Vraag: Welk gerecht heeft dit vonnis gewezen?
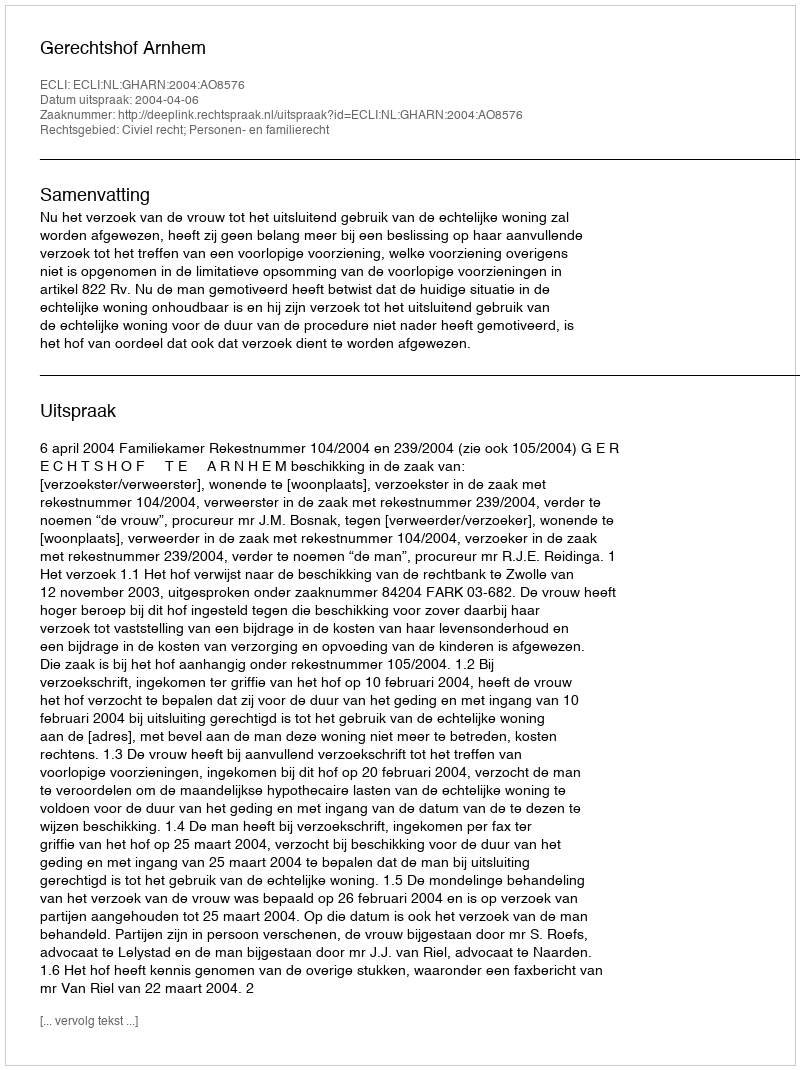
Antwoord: Gerechtshof Arnhem